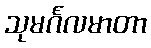
သုမင်္ဂလမာတာ